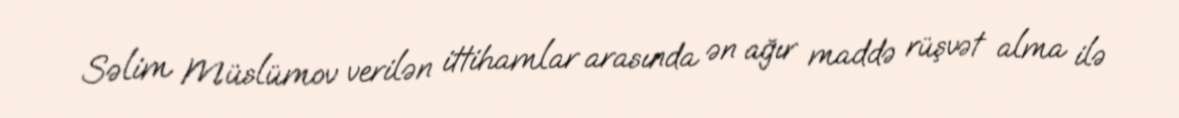
Səlim Müslümov verilən ittihamlar arasında ən ağır maddə rüşvət alma ilə